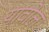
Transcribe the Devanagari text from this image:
यावोल